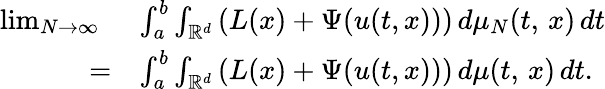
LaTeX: \begin{array}{rl}{\operatorname*{lim}_{N\rightarrow\infty}\ }&{\int_{a}^{b}\int_{\mathbb{R}^{d}}\left(L(x)+\Psi(u(t,x))\right)\, d\mu_{N}(t,\, x)\, dt}\\ {=}&{\int_{a}^{b}\int_{\mathbb{R}^{d}}\left(L(x)+\Psi(u(t,x))\right)\, d\mu(t,\, x)\, dt.}\end{array}